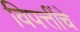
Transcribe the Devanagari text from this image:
विपत्तींचे